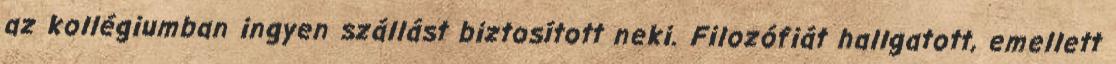
az kollégiumban ingyen szállást biztosított neki. Filozófiát hallgatott, emellett